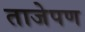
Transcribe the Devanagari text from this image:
ताजेपण